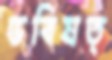
ভবিষত্